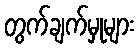
တွက်ချက်မှုများ